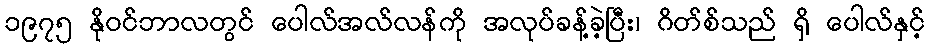
၁၉၇၅ နိုဝင်ဘာလတွင် ပေါလ်အလ်လန်ကို အလုပ်ခန့်ခဲ့ပြီး၊ ဂိတ်စ်သည် ရှိ ပေါလ်နှင့်